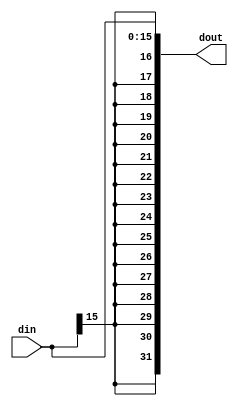

`timescale 1ns/1ns
module signExtend
    #(parameter Nin=16, parameter Nout=32)
    (input [Nin-1:0] din,
    output [Nout-1:0] dout);
    
assign dout = { {Nout-Nin{din[Nin-1]}}, din};

endmodule